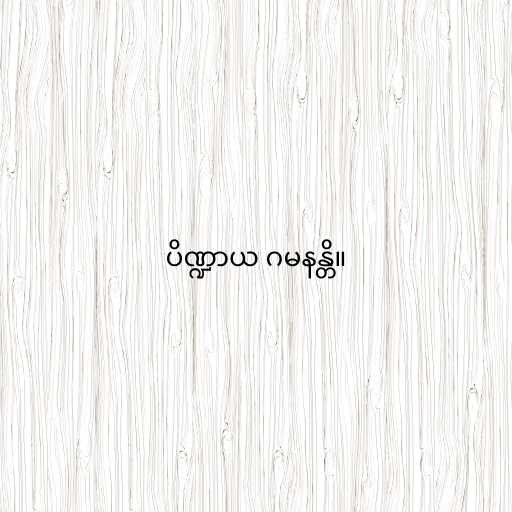
ပိဏ္ဍာယ ဂမနန္တိ။